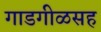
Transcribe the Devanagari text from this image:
गाडगीळसह